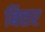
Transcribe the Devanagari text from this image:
बित्तर